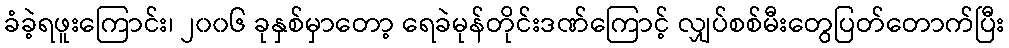
ခံခဲ့ရဖူးကြောင်း၊ ၂၀၀၆ ခုနှစ်မှာတော့ ရေခဲမုန်တိုင်းဒဏ်ကြောင့် လျှပ်စစ်မီးတွေပြတ်တောက်ပြီး